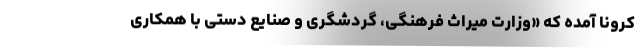
کرونا آمده که «وزارت میراث فرهنگی، گردشگری و صنایع دستی با همکاری